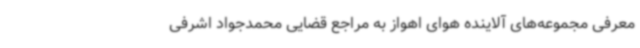
معرفی مجموعه‌های آلاینده هوای اهواز به مراجع قضایی محمدجواد اشرفی